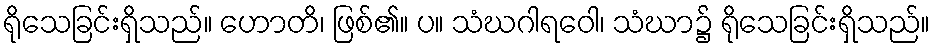
ရိုသေခြင်းရှိသည်။ ဟောတိ၊ ဖြစ်၏။ ပ။ သံဃဂါရဝေါ၊ သံဃာ၌ ရိုသေခြင်းရှိသည်။